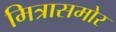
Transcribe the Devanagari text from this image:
मित्रासमोर